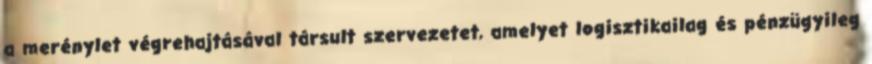
a merénylet végrehajtásával társult szervezetet, amelyet logisztikailag és pénzügyileg